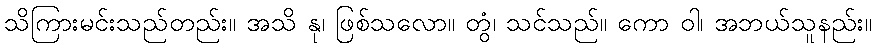
သိကြားမင်းသည်တည်း။ အသိ နု၊ ဖြစ်သလော။ တွံ၊ သင်သည်။ ကော ဝါ၊ အဘယ်သူနည်း။